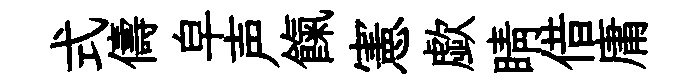
式儔皁声餼憲歔睛借庸